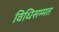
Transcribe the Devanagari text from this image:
विधिसम्‍मत